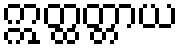
ဣတ္ထတ္တာယ